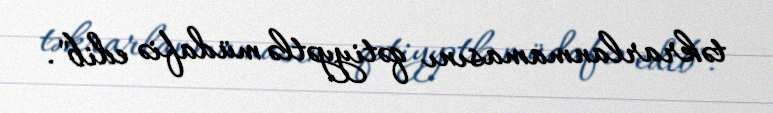
təkrarlanmamasını qətiyyətlə müdafiə edib".